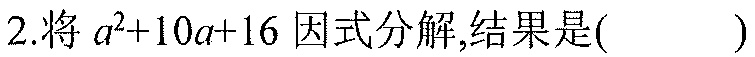
2.将\(a^{2}+10a + 16\)因式分解,结果是(  )